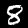
Label: 8